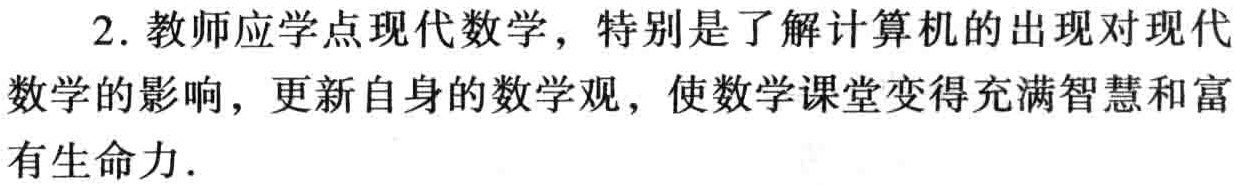
2. 教师应学点现代数学, 特别是了解计算机的出现对现代数学的影响, 更新自身的数学观, 使数学课堂变得充满智慧和富有生命力.